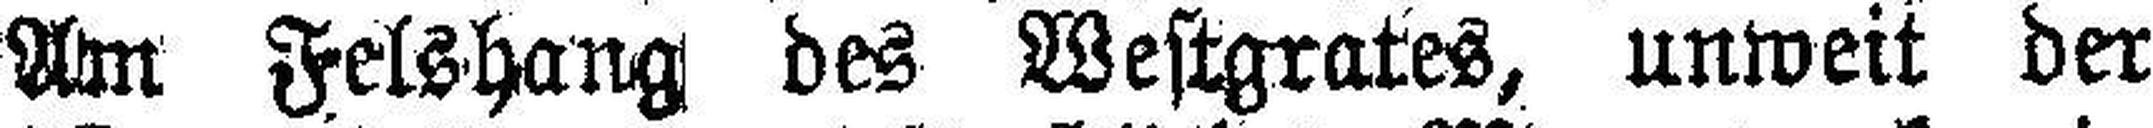
Am Felshang des Westgrates, unweit der